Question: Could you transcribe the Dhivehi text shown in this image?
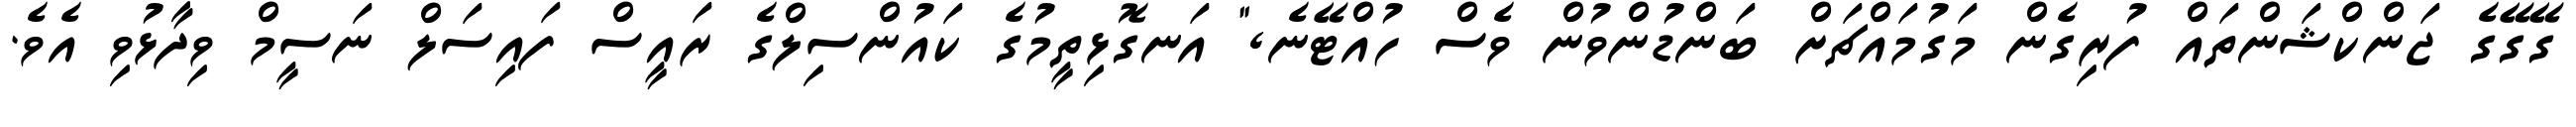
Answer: ގޭގޭގެ ޖަންކްޝަންތައް ފުރިގެން މަގުމައްޗަށް ބަންޑުންވުން ވެސް ހުއްޓޭނެ," އަނގޮޅިތީމުގެ ކައުންސިލްގެ ރައީސް ފައިސަލް ނަސީމް ވިދާޅުވި އެވެ.